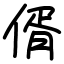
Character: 偦